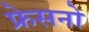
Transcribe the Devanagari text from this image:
फ्रेसनो